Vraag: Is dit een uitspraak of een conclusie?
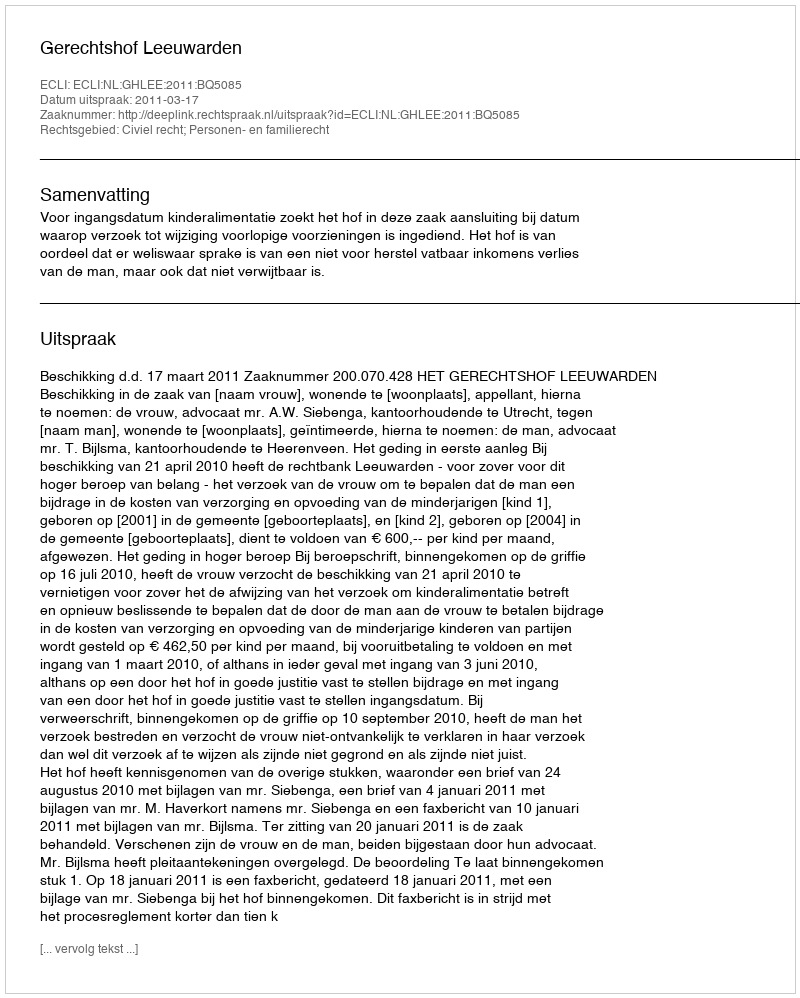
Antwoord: Uitspraak